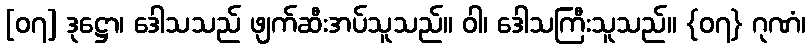
[၀၇] ဒုဋ္ဌော၊ ဒေါသသည် ဖျက်ဆီးအပ်သူသည်။ ဝါ၊ ဒေါသကြီးသူသည်။ {၀၇} ဂုဏံ၊